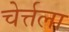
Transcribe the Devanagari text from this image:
चेर्त्तला